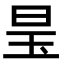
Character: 𪰑